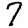
Digit: 7